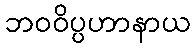
ဘဝဝိပ္ပဟာနာယ